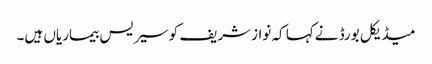
میڈیکل بورڈ نےکہا کہ نوازشریف کوسیریس بیماریاں ہیں۔